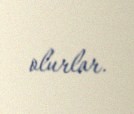
olurlar.